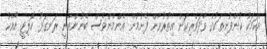
އެކަމަކު ކުންފުނިތަކުގެ ވާދަވެރިކަން އިތުރުވާން ފެށުމުން އެންމެންވެސް ބޭނުންވާނީ ރަނގަޅު ކޮލިޓީ އާއެކު